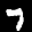
Label: 7